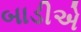
બાડીએ